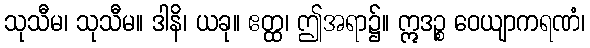
သုသီမ၊ သုသီမ။ ဒါနိ၊ ယခု။ ဧတ္ထ၊ ဤအရာ၌။ ဣဒဉ္စ ဝေယျာကရဏံ၊